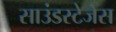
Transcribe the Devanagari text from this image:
साउंडस्टेजेस